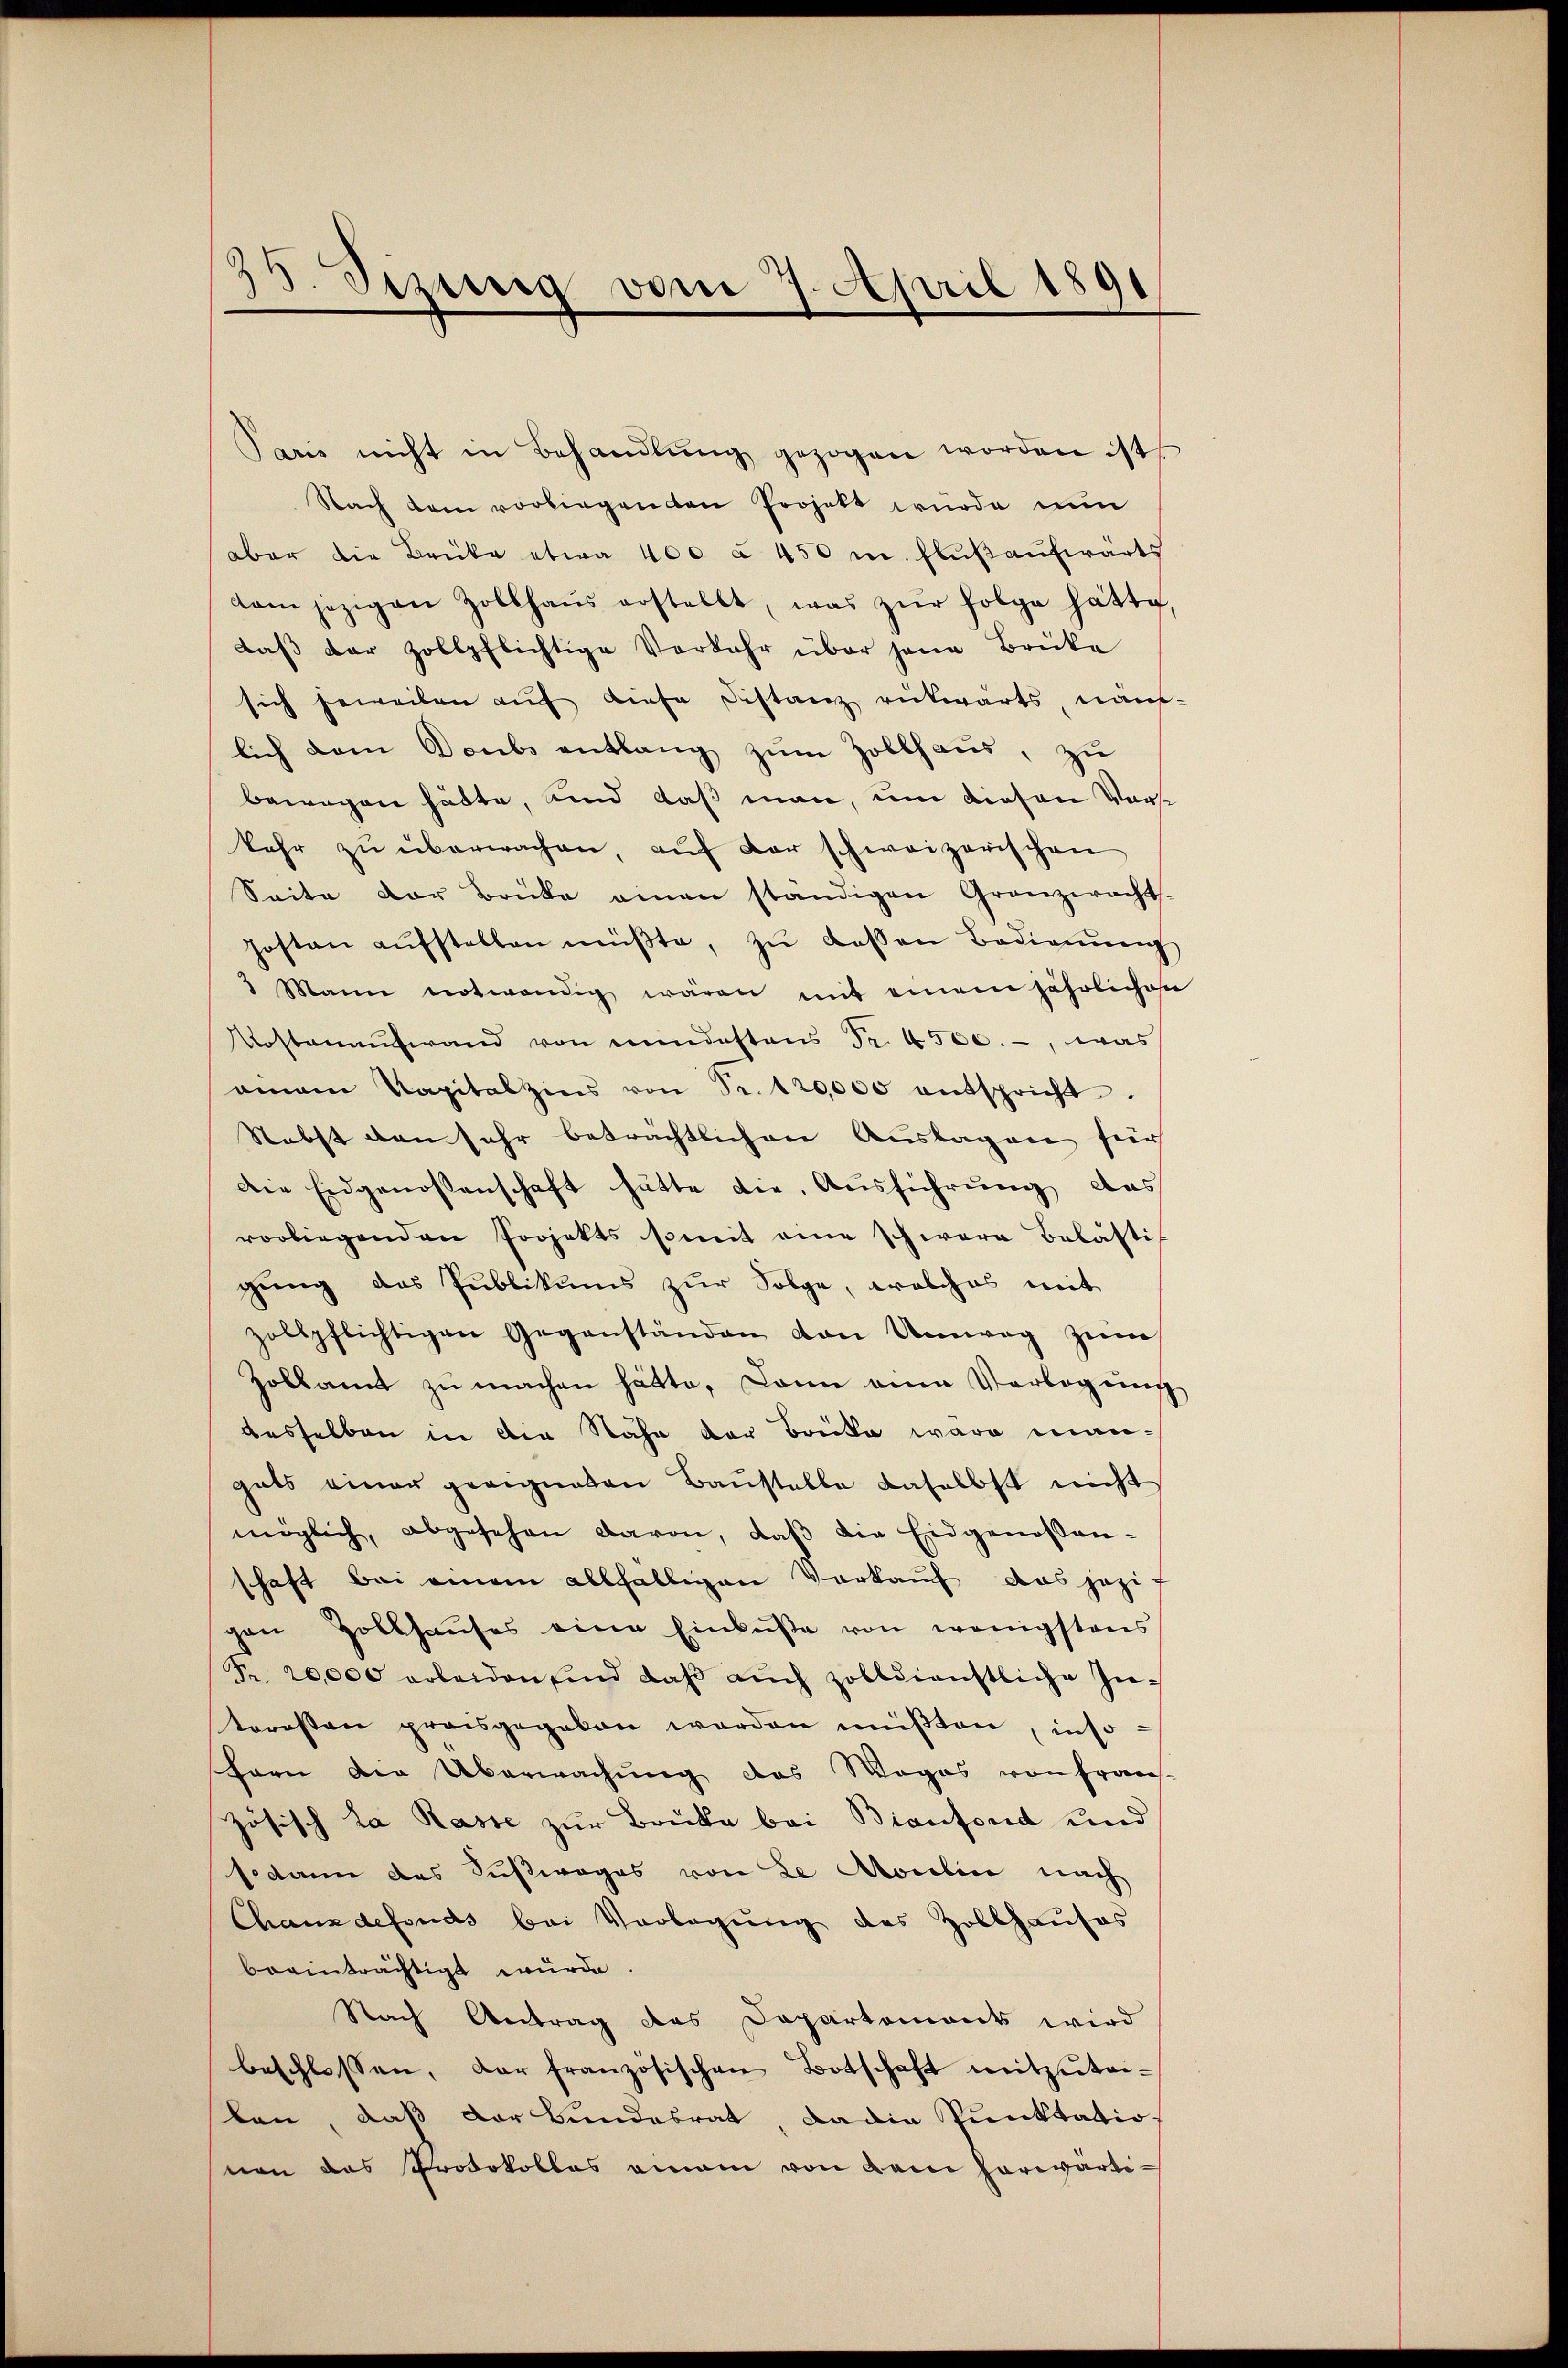
25. Sizung vom 7. April 1891

Paris nicht in Behandlŭng gezogen worden ist,
Nach dem vorliegenden Projekt wurde nun
aber die Brüke etwa 400 à 450 m. Flußaufwärts
dam jezigen Zollhaŭs erstellt, was zŭr folge hätte,
daβ der Zollpflichtige Verkehr über jene Brüke
sich beweilen auf diese Distanz rükwärts, nam
lich dem Doubs entlang zum Zollhaus, zu
bewegen hätte, und daß man, um diesen Vorst
kehr zŭ überwachen, aŭf der schweizerischen
Seite der Brüke einen ständigen Gronzerachts-
posten aŭfstellen müβte, zŭ dessen Bedienŭng
3 Mann notwendig wären mit einem jährlichen
Kostenaufwand von mindestens Fr. 4500.-, was
amann Kapitalzins von Fr. 120,000 entspricht.
Nebst den sehr beträchtlichen Auslagen fer
Die Eidgenossenschaft hätte die Ausführung das
vorliegenden Projekts somit eine schwere Belästis
gung des Publikums zur Folge, welches mit
zollpflichtigen Gegenständen den Umweg zŭm
Zolkamt zu machen hätte, dann eine Verlegung
desselben in die Nähe der Brücke wäre mangats einer geeigneten Baustelle daselbst nicht
möglich, abgesehen davon, daβ die Eidgenossenschaft bei einem allfälligen Vorkauf das jezigen Zollhaŭses eine Einbŭβe von wenigstens
Fr. 20,000 erleiden sind daβ aŭch zolldienstliche In-
teressen prossgegeben werden müβten, inso
fern die Überwachung das Woges von Frans-
zösisch da Rasse zur Brücke bei Bianfond und
sodann das Fußweges von de Moulin nach
Chauzdefonds bei Vorlegung des Zollhauses
beeinträchtigt würde.
Nach Antrag des Departements wird
beschlossen, der französischen Botschaft mitzŭtei-
lan, daß der Bundesrat, da die Punktatio
nen das Protokolles einem von dem herwärti¬

e